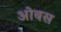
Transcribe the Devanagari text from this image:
ओबस